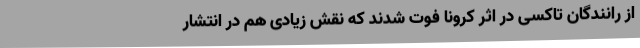
از رانندگان تاکسی در اثر کرونا فوت شدند که نقش زیادی هم در انتشار